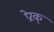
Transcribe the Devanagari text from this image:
प्रेरक्